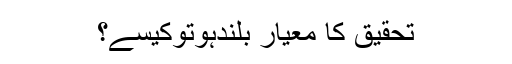
تحقیق کا معیار بلندہوتوکیسے؟